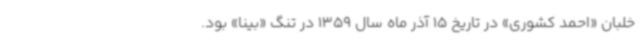
خلبان «احمد کشوری» در تاریخ 15 آذر ماه سال 1359 در تنگ «بینا» بود.